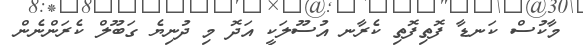
މާކުސް ކަނޑާ ފޮތިފޮތި ކެރާނ އުސޫލަކީ އަދޮ މި ދުނިޔެ ގަބޫލް ކެރަންނެން